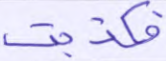
فكذبت